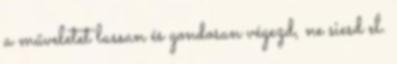
a műveletet lassan és gondosan végezd, ne siesd el.